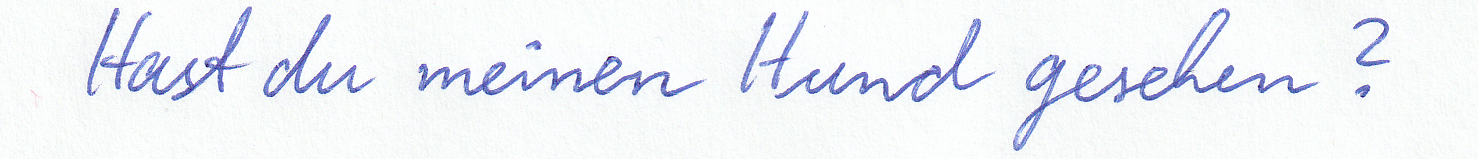
Hast du meinen Hund gesehen?